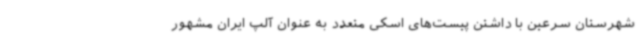
شهرستان سرعین با داشتن پیست‌های اسکی متعدد به عنوان آلپ ایران مشهور